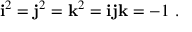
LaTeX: \mathbf { i } ^ { 2 } = \mathbf { j } ^ { 2 } = \mathbf { k } ^ { 2 } = \mathbf { i j k } = - 1 ~ .